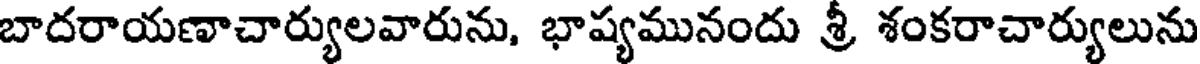
బాదరాయణాచార్యులవారును, భాష్యమునందు శ్రీ శంకరాచార్యులును